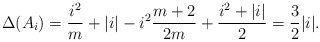
\begin{align*} \Delta(A_i) = \frac{i^2}{m} + |i| - i^2 \frac{m+2}{2m} + \frac{i^2 + |i|}{2} = \frac{3}{2} |i|. \end{align*}